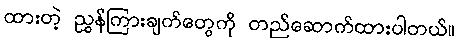
ထားတဲ့ ညွှန်ကြားချက်တွေကို တည်ဆောက်ထားပါတယ်။